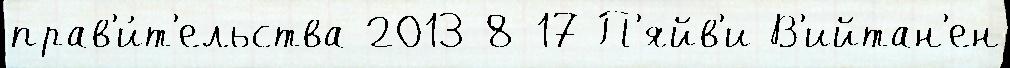
прав'и́т'ельства 2013-8-17 П'яйв'и В'ийтан'ен